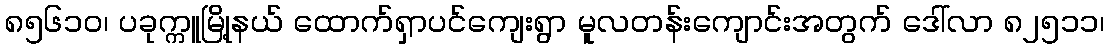
၈၅၆၁ဝ၊ ပခုက္ကူမြို့နယ် ထောက်ရှာပင်ကျေးရွာ မူလတန်းကျောင်းအတွက် ဒေါ်လာ ၈၂၅၁၁၊